Vaccination Hyderabad 1890-1903 - 1890-1903
Year: 1890
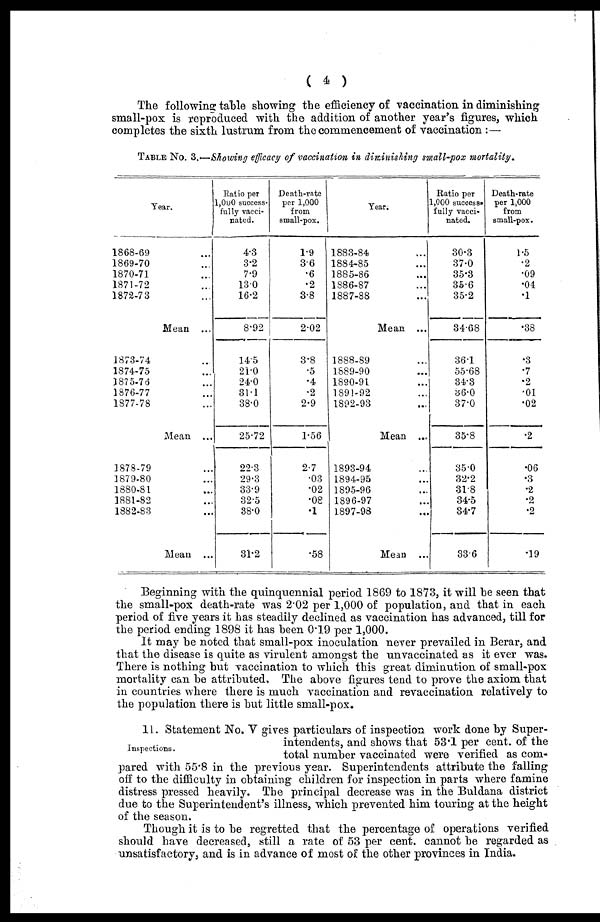
( 4 )
The following table showing the efficiency of vaccination in diminishing
small-pox is reproduced with the addition of another year's figures, which
completes the sixth lustrum from the commencement of vaccination :—
TABLE No. 3.—Showing efficacy of vaccination in diminishing small-pox mortality.
Year.
1868-69 ...
1869-70 ...
1870-71 ...
1871-72 ...
1872-73 ...
Mean ...
1873-74 ...
1874-75 ...
1875-76 ...
1876-77 ...
1877-78 ...
Mean ...
1878-79 ...
1879-80 ...
1880-81 ...
1881-82 ...
1882-83 ...
Mean ...
Ratio per
1,000 success-
fully vacci-
nated.
4.3
3.2
7.9
130
16.2
8.92
14.5
21.0
24.0
31.1
38.0
25.72
22.3
29.3
33.9
32.5
38.0
31.2
Death-rate
per 1,000
from
small-pox.
1.9
3.6
.6
.2
3.8
2.02
3.8
.5
.4
.2
2.9
1.56
2.7
.03
.02
.08
.1
.58
Year.
1883-84 ...
1884-85 ...
1885-86 ...
1886-87 ...
1887-88 ...
Mean ...
1888-89 ...
1889-90 ...
1890-91 ...
1891-92 ...
1892-93 ...
Mean ...
1893-94 ...
1894-95 ...
1895-96 ...
1896-97 ...
1897-98 ...
Mean ...
Ratio per
1,000 success¬
fully vacci-
nated.
30.3
37.0
35.3
35.6
35.2
34.68
36.1
55.68
34.3
36.0
37.0
35.8
35.0
32.2
318
34.5
34.7
33.6
Death-rate
per 1,000
from
small-pox.
1.5
.2
.09
.04
.1
.38
.3
.7
.2
.01
.02
.2
.06
.3
.2
.2
.2
.19
Beginning with the quinquennial period 1869 to 1873, it will be seen that
the small-pox death-rate was 2.02 per 1,000 of population, and that in each
period of five years it has steadily declined as vaccination has advanced, till for
the period ending 1898 it has been 0.19 per 1,000.
It may be noted that small-pox inoculation never prevailed in Berar, and
that the disease is quite as virulent amongst the unvaccinated as it ever was.
There is nothing but vaccination to which this great diminution of small-pox
mortality can be attributed. The above figures tend to prove the axiom that
in countries where there is much vaccination and revaccination relatively to
the population there is but little small-pox.
Inspections.
11. Statement No. V gives particulars of inspection work done by Super-
intendents, and shows that 53.1 per cent. of the
total number vaccinated were verified as com-
pared with 55.8 in the previous year. Superintendents attribute the falling
off to the difficulty in obtaining children for inspection in parts where famine
distress pressed heavily. The principal decrease was in the Buldana district
due to the Superintendent's illness, which prevented him touring at the height
of the season.
Though it is to be regretted that the percentage of operations verified
should have decreased, still a rate of 53 per cent. cannot be regarded as
unsatisfactory, and is in advance of most of the other provinces in India.